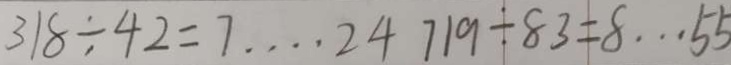
3 1 8 \div 4 2 = 7 \cdots 2 4 7 1 9 \div 8 3 = 8 \cdots 5 5